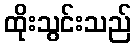
ထိုးသွင်းသည်